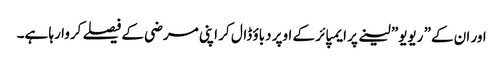
اور ان کے” ریویو” لینے پر ایمپائر کے اوپر دباؤ ڈال کر اپنی مرضی کے فیصلے کروا رہا ہے۔